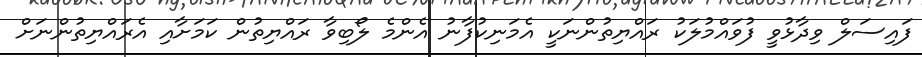
ފައިސަލް ވިދާޅުވީ ފުވައްމުލަކު ރައްޔިތުންނަކީ އެމަނިކުފާނު އެންމެ ލޯބިވާ ރައްޔިތުން ކަމަށާއި އެރައްޔިތުންނަށް